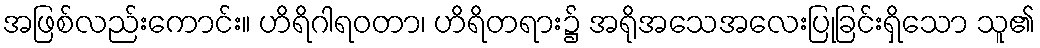
အဖြစ်လည်းကောင်း။ ဟိရိဂါရဝတာ၊ ဟိရိတရား၌ အရိုအသေအလေးပြုခြင်းရှိသော သူ၏